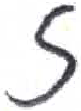
אות: ז